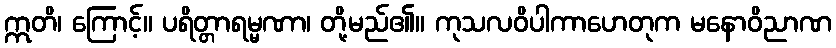
ဣတိ၊ ကြောင့်။ ပရိတ္တာရမ္မဏာ၊ တို့မည်၏။ ကုသလဝိပါကာဟေတုက မနောဝိညာဏ